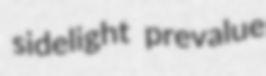
sidelight prevalue